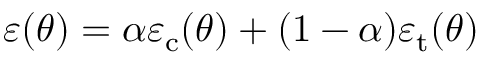
\varepsilon ( \theta ) = \alpha \varepsilon _ { \mathrm { c } } ( \theta ) + ( 1 - \alpha ) \varepsilon _ { \mathrm { t } } ( \theta )